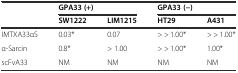
<table><thead><tr><td></td><td colspan="2"><b>GPA33 (+)</b></td><td colspan="2"><b>GPA33 (−)</b></td></tr><tr><td></td><td><b>SW1222</b></td><td><b>LIM1215</b></td><td><b>HT29</b></td><td><b>A431</b></td></tr></thead><tbody><tr><td>IMTXA33αS</td><td>0.03*</td><td>0.07</td><td>&gt; &gt; 1.00*</td><td>&gt; &gt; 1.00*</td></tr><tr><td>α-Sarcin</td><td>0.8*</td><td>&gt; 1.00</td><td>&gt; &gt; 1.00*</td><td>1.00*</td></tr><tr><td>scFvA33</td><td>NM</td><td>NM</td><td>NM</td><td>NM</td></tr></tbody></table>